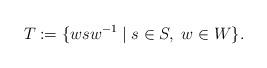
LaTeX: \begin{align*}T:=\{wsw^{-1} \mid s \in S, \; w \in W \}.\end{align*}